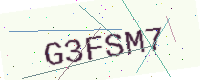
Text: G3FSM7